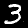
Digit: 3